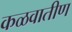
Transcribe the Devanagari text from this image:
कळवातीण